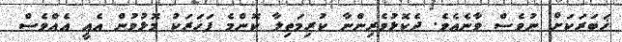
ޚަބަރަކަށް ނުވެސް ވާނެއެވެ. ދެކޮޅުވެރިންނާ ކުރިމަތިލާ ކޮންމެ ފަހަރަކު މޮޅުވުން އެއީ އެއްވެސް